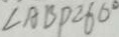
\angle A B D = 6 0 ^ { \circ }